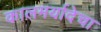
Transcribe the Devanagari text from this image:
कालमर्यादेचा